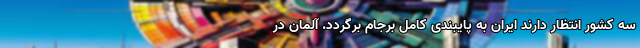
سه کشور انتظار دارند ایران به پایبندی کامل برجام برگردد. آلمان در